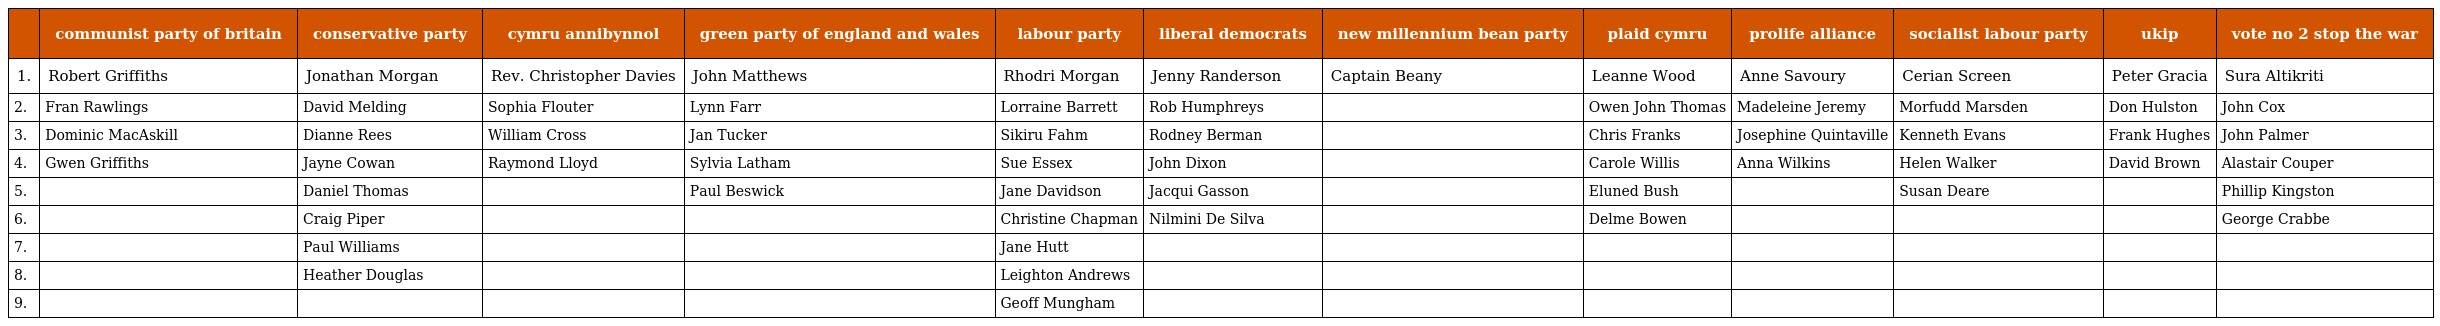
|  | communist party of britain | conservative party | cymru annibynnol | green party of england and wales | labour party | liberal democrats | new millennium bean party | plaid cymru | prolife alliance | socialist labour party | ukip | vote no 2 stop the war |
 | --- | --- | --- | --- | --- | --- | --- | --- | --- | --- | --- | --- | --- |
 | 1. | Robert Griffiths | Jonathan Morgan | Rev. Christopher Davies | John Matthews | Rhodri Morgan | Jenny Randerson | Captain Beany | Leanne Wood | Anne Savoury | Cerian Screen | Peter Gracia | Sura Altikriti |
 | 2. | Fran Rawlings | David Melding | Sophia Flouter | Lynn Farr | Lorraine Barrett | Rob Humphreys |  | Owen John Thomas | Madeleine Jeremy | Morfudd Marsden | Don Hulston | John Cox |
 | 3. | Dominic MacAskill | Dianne Rees | William Cross | Jan Tucker | Sikiru Fahm | Rodney Berman |  | Chris Franks | Josephine Quintaville | Kenneth Evans | Frank Hughes | John Palmer |
 | 4. | Gwen Griffiths | Jayne Cowan | Raymond Lloyd | Sylvia Latham | Sue Essex | John Dixon |  | Carole Willis | Anna Wilkins | Helen Walker | David Brown | Alastair Couper |
 | 5. |  | Daniel Thomas |  | Paul Beswick | Jane Davidson | Jacqui Gasson |  | Eluned Bush |  | Susan Deare |  | Phillip Kingston |
 | 6. |  | Craig Piper |  |  | Christine Chapman | Nilmini De Silva |  | Delme Bowen |  |  |  | George Crabbe |
 | 7. |  | Paul Williams |  |  | Jane Hutt |  |  |  |  |  |  |  |
 | 8. |  | Heather Douglas |  |  | Leighton Andrews |  |  |  |  |  |  |  |
 | 9. |  |  |  |  | Geoff Mungham |  |  |  |  |  |  |  |